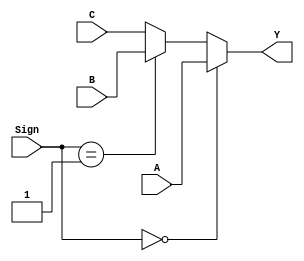
`timescale 1ns / 1ps
//////////////////////////////////////////////////////////////////////////////////
// Company: 
// Engineer: 
// 
// Design Name: 
// Module Name: Data_Selector3
// Project Name: 
// Target Devices: 
// Tool Versions: 
// Description: 
// 
// Dependencies: 
// 
// Revision:
// Revision 0.01 - File Created
// Additional Comments:
// 
//////////////////////////////////////////////////////////////////////////////////

module Data_Selector3(
    input [4:0] A, B, C,
    input [1:0] Sign,
    output reg [4:0] Y
    );
    always@(A or B or C or Sign) begin
        if(Sign == 2'b00) Y = A;
        else if(Sign == 2'b01) Y = B;
        else Y = C;    
    end
endmodule